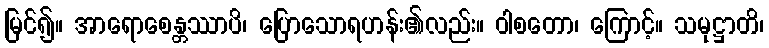
မြင်၍။ အာရောစေန္တဿာပိ၊ ပြောသောရဟန်း၏လည်း။ ဝါစတော၊ ကြောင့်။ သမုဋ္ဌာတိ၊